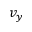
v _ { y }